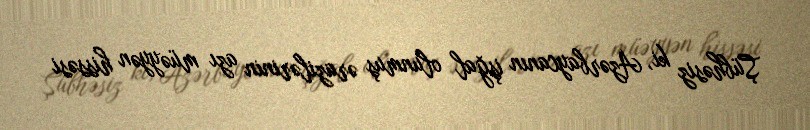
Şübhəsiz ki, Azərbaycanın işğal olunmuş ərazilərinin azı müəyyən hissəsi